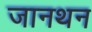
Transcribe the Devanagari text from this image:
जानथन